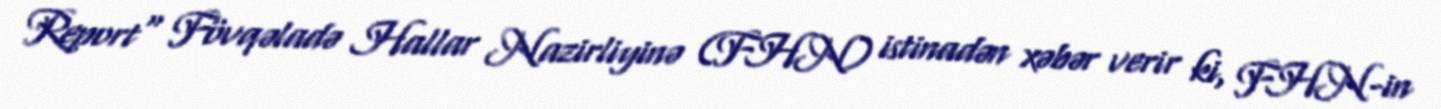
Report" Fövqəladə Hallar Nazirliyinə (FHN) istinadən xəbər verir ki, FHN-in